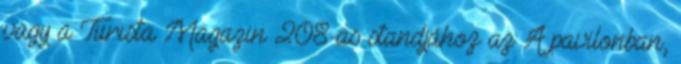
vagy a Turista Magazin 208-as standjához az A pavilonban,